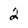
Character: 2